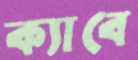
ক্যাবে